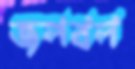
জলবল